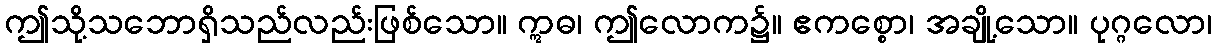
ဤသို့သဘောရှိသည်လည်းဖြစ်သော။ ဣဓ၊ ဤလောက၌။ ဧကစ္စော၊ အချို့သော။ ပုဂ္ဂလော၊